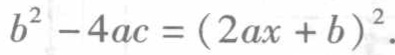
\(b^{2}-4ac=(2ax + b)^{2}\)